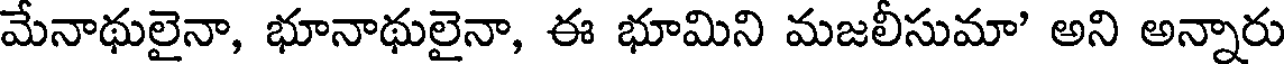
మేనాథులైనా, భూనాథులైనా, ఈ భూమిని మజలీసుమా' అని అన్నారు